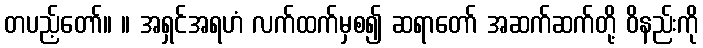
တပည့်တော်။ ။ အရှင်အရဟံ လက်ထက်မှစ၍ ဆရာတော် အဆက်ဆက်တို့ ဝိနည်းကို